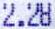
2.28